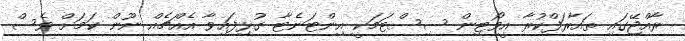
ރާއްޖޭގައި ތައާރަފްކުރާ އީވޯޓިން ސިސްޓަމަކީ އިންޓަނެޓާ ގުޅިފައިވާ އެއްޗެއް ނޫން ކަމަށް ވެސް